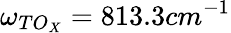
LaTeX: \omega_{TO_{X}}=813.3cm^{-1}